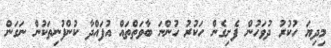
މިދިޔަ ހުކުރު ދުވަހުން ފެށިގެން ހަކުރު ހުންނަ ބާވަތްތައް އުފައްދާ ކުންފުނިތަކުން ނަގަން